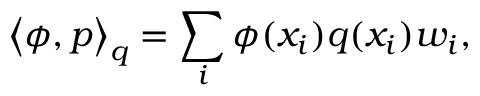
\left\langle \phi , p \right\rangle _ { q } = \sum _ { i } \phi ( x _ { i } ) q ( x _ { i } ) w _ { i } ,